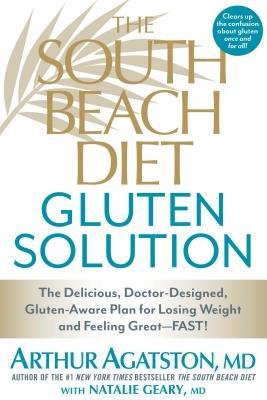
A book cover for By Arthur Agatston The South Beach Diet Gluten Solution: The Delicious, Doctor-Designed, Gluten-Aware Plan for Losing W (Reprint); Health, Fitness & Dieting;